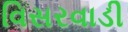
વિસરવાડી